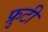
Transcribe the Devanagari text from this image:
फ्रुटी